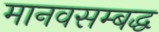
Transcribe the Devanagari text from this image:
मानवसम्बद्ध